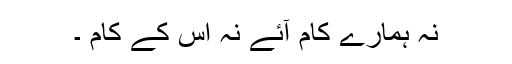
نہ ہمارے کام آئے نہ اس کے کام ۔